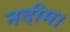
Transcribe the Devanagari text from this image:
नदीम।